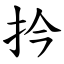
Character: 扲